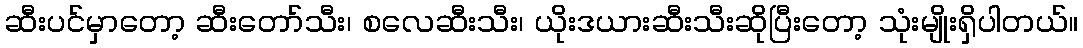
ဆီးပင်မှာတော့ ဆီးတော်သီး၊ စလေဆီးသီး၊ ယိုးဒယားဆီးသီးဆိုပြီးတော့ သုံးမျိုးရှိပါတယ်။